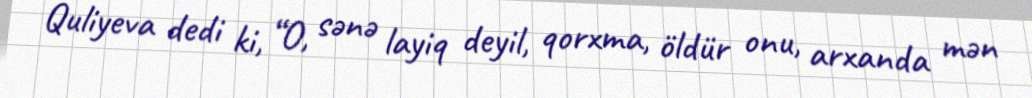
Quliyeva dedi ki, “O, sənə layiq deyil, qorxma, öldür onu, arxanda mən